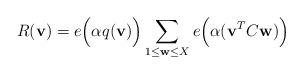
LaTeX: \begin{align*}R(\mathbf{v}) =e\Big(\alpha q(\mathbf{v})\Big)\sum_{\substack{1\le \mathbf{w}\le X}}e\Big(\alpha(\mathbf{v}^TC\mathbf{w})\Big)\end{align*}